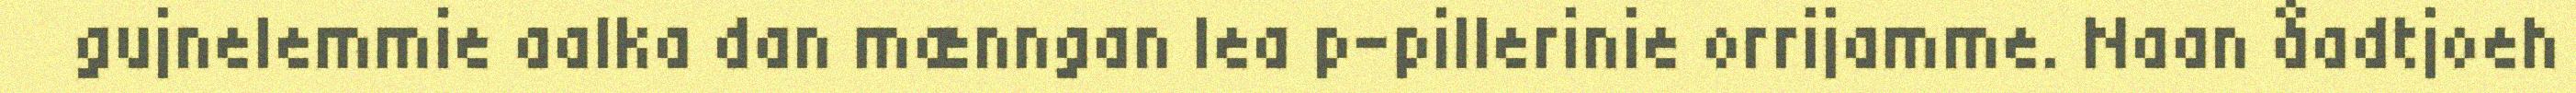
gujnelemmie aalka dan mænngan lea p-pillerinie orrijamme. Naan åadtjoeh